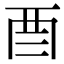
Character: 𮠕